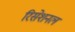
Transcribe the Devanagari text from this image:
रिसेशनल